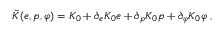
\begin{array} { r } { \tilde { K } ( e , p , \varphi ) = K _ { 0 } + \partial _ { e } K _ { 0 } e + \partial _ { p } K _ { 0 } p + \partial _ { \varphi } K _ { 0 } \varphi \; , } \end{array}